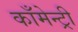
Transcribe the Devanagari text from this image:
काँमेन्ट्री